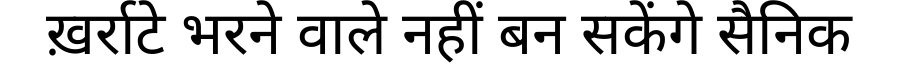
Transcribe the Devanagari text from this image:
ख़र्राटे भरने वाले नहीं बन सकेंगे सैनिक